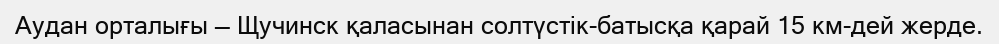
Аудан орталығы — Щучинск қаласынан солтүстік-батысқа қарай 15 км-дей жерде.